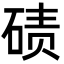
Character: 碛